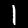
Label: 1